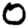
Digit: 0